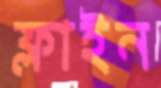
ফ্লাইন